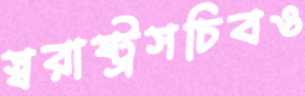
স্বরাষ্ট্রসচিবও